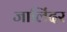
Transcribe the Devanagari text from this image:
जालिंदर